Annual report on the working of the mental hospitals in the Madras Presidency - 1912-1932
Year: 1912
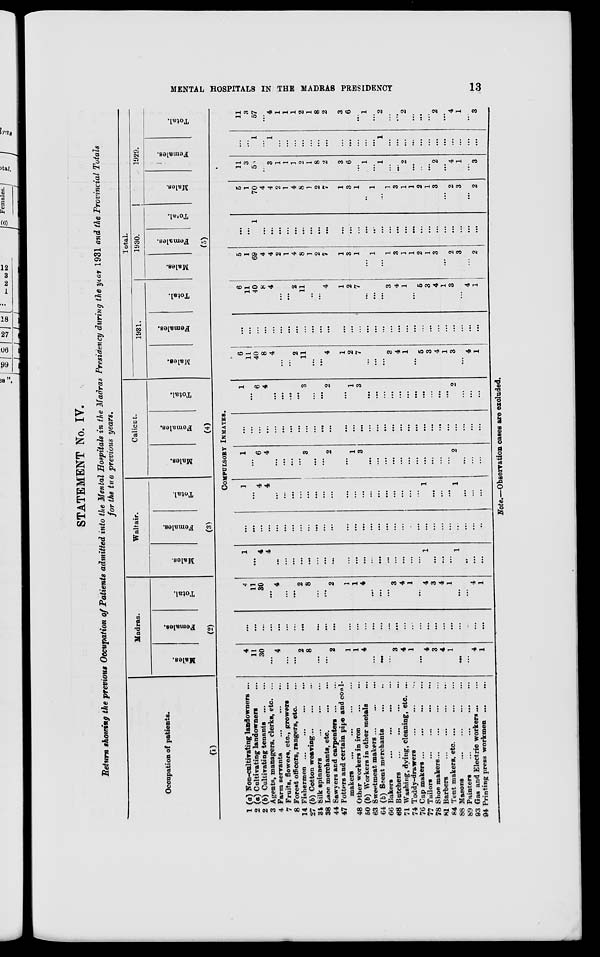
MENTAL HOSPITALS IN THE MADRAS PRESIDENCY
13
STATEMENT No. IV.
Return showing the previous Occupation of Patients admitted into the Mental Hospitals in the Madras Presidency during the year 1931 and the Provincial Totals
for the tue previous years.
Occupation of patients.
(1)
Madras.
Males.
Females.
Total.
(2)
Waltair.
Males.
Females.
Total.
(3)
Calicut.
Males.
Females.
Total.
(4)
Total.
1931.
Males.
Females.
Total.
1930.
Males.
Females.
Total.
1929.
Males.
Females.
Total.
(5)
COMPULSORY INMATES.
1 (a) Non-cnltivatrag landowners ...
2 (a) Cultivating landowners ...
2 (b) Cultivating tenants ... ...
3 Agents, managers, clerks, etc. ...
4 Farm servants ... .... ...
7 Fruits, flowers, etc., growers ...
8 Forest officers, rangers, etc. ...
14 Fishermen ... ... ... ...
27 (b) Cotton weaving ... ... ...
34 Silk spinners
...
...
...
38 Lace merchants, etc. ... ... ...
44 Sawyers and carpenters
...
...
47 Potters and certain pipe and cowl-
makers
...
... ... ...
48 Other workers in iron
...
...
50 (b) Workers in other metals ...
63 Sweetmeat makers
...
...
...
64 (b) Scent merchants
...
...
66 Bakers ... ...
...
...
68 Batchers
...
...
...
...
71 Washing, dying, cleaning, etc. ...
74 Toddy-drawers ... ... ...
76 Cap makers ...
...
...
77 Tailors
...
...
...
...
78 Shoe makers
...
...
...
81 Barbers
...
...
...
84 Tent makers, etc. ... ... ...
88 Masons ... ... ...
89 Painters
...
...
...
93 Gas and Electric workers ... ...
94 Printing press workmen
...
...
4
11
30
...
4
. ..
. ..
2
8
...
...
2
1
1
4
...
...
...
3
4
1
. ..
4
3
4
1
...
...
4
1
...
...
...
...
...
...
...
...
...
...
...
...
...
...
...
...
...
...
...
...
...
...
...
...
...
...
...
...
...
4
11
30
. ..
4
...
...
2
8
...
...
2
1
1
4
...
...
...
3
4
1
...
4
3
4
1
. ..
. ..
4
1
1
...
4
4
...
...
...
...
...
...
...
...
...
...
...
...
...
...
...
...
...
...
1
. ..
...
...
1
..
...
...
...
...
...
. ..
...
. ..
. ..
. ..
...
...
. ..
...
. ..
. ..
. ..
. ..
. ..
. ..
. ..
...
...
. ..
. ..
...
. ..
...
...
...
...
...
1
...
4
4
...
...
...
...
...
...
...
...
...
...
...
...
...
...
...
...
...
...
1
...
...
...
1
...
...
...
1
...
6
4
. ..
. ..
. . .
...
3
. ..
. . .
2
. ..
1
3
...
. ..
...
. ..
. ..
. . .
. . .
...
...
...
...
2
...
...
...
...
...
...
...
...
...
...
...
...
...
...
...
...
...
...
...
...
...
...
...
...
...
...
...
...
...
...
...
...
...
1
...
6
4
...
...
. ..
...
3
...
...
2
. ..
1
3
...
...
...
...
...
...
...
...
...
...
...
2
...
...
...
6
11
40
8
4
...
...
2
11
...
...
4
1
2
7
...
. ..
. ..
3
4
1
...
5
3
4
1
3
. . .
4
1
. ..
. ..
...
...
...
...
...
...
...
. ..
...
. ..
. ..
...
...
. ..
...
...
...
...
...
...
...
...
...
...
...
...
...
...
6
11
40
8
4
...
...
2
11
...
...
4
1
2
7
...
...
...
3
4
1
...
5
3
4
1
3
...
4
1
5
1
69
4
4
2
1
4
8
1
2
7
1
3
1
...
1
...
1
3
J
1
2
1
3
...
2
3
...
2
...
...
1
...
...
...
...
...
...
...
...
...
...
...
...
...
...
...
...
...
...
...
...
...
...
...
...
...
...
...
5
1
70
4
4
2
1
4
8
1
2
7
1
3
1
...
1
...
1
3
1
1
2
1
3
...
2
3
...
2
11
3
56
3
1
1
1
2
1
8
2
3
6
...
1
...
1
...
...
2
..
...
...
2
. ..
4
1
...
3
...
...
1
...
1
...
...
...
...
...
...
...
...
...
...
...
...
1
. ..
. ..
...
...
. ..
...
. ..
. ..
...
...
...
...
11
3
57
...
4
1
1
1
2
1
8
2
3
6
...
1
...
2
...
...
2
...
.. .
...
2
...
4
1
...
3
Note,—Observation cases are excluded.